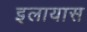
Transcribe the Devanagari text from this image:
इलायास